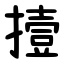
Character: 撎